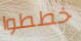
خططوا